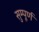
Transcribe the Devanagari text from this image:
सुम्पूर्ण